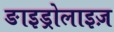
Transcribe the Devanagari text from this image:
ङाइड्रोलाइज़